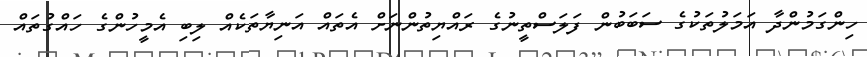
ހިންގަމުންދާ އަމަލުތަކުގެ ސަބަބުން ފަލަސްތީނުގެ ރައްޔިތުންނަށް އެތައް އަނިޔާތަކެއް ލިބި އެމީހުންގެ ހައްގުތައް